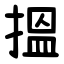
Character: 搵